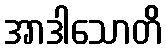
အာဒါသောတိ